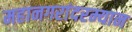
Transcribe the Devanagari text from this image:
महानगरांदरम्यान